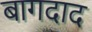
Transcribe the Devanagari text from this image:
बागदाद